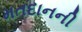
મતદાનની